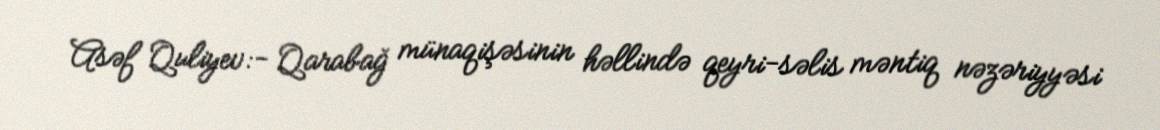
Asəf Quliyev:- Qarabağ münaqişəsinin həllində qeyri-səlis məntiq nəzəriyyəsi